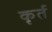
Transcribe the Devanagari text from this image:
कृर्त